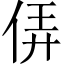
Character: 㑝